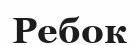
Ребок